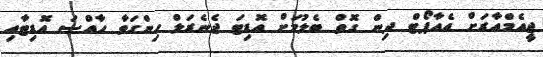
ޖީއެމްއާރަށް އެއާޕޯޓް ދިން ގޮތް ބެލުމަށް އޮޑިޓަ ޖެނެރަލް ހިންގަވާ ހާއްސަ އޮޑިޓާއި